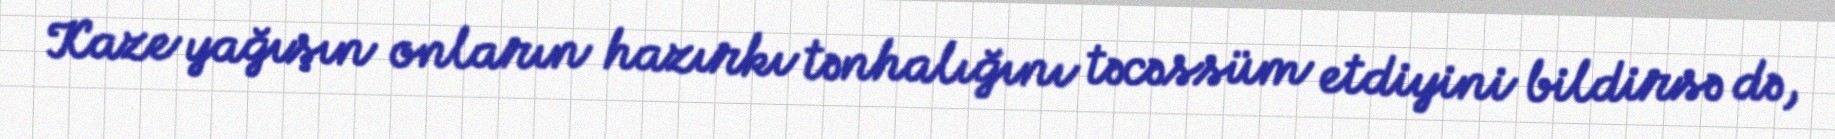
Kaze yağışın onların hazırkı tənhalığını təcəssüm etdiyini bildirsə də,